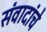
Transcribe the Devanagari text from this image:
संवादांचे